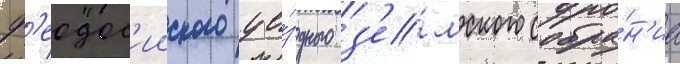
ф'еодос'ииского уе́здного з'е́мского собра́н'иа